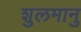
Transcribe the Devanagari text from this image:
शुलमानु